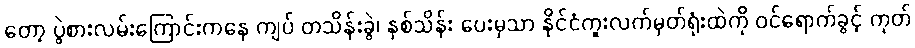
တော့ ပွဲစားလမ်းကြောင်းကနေ ကျပ် တသိန်းခွဲ၊ နှစ်သိန်း ပေးမှသာ နိုင်ငံကူးလက်မှတ်ရုံးထဲကို ဝင်ရောက်ခွင့် ကုတ်